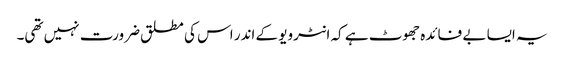
یہ ایسا بے فائدہ جھوٹ ہے کہ انٹرویو کے اندر اس کی مطلق ضرورت نہیں تھی۔